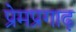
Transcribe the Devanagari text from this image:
प्रेमप्रगाढ़